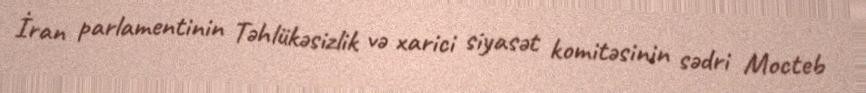
İran parlamentinin Təhlükəsizlik və xarici siyasət komitəsinin sədri Mocteb